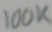
Text: 100K